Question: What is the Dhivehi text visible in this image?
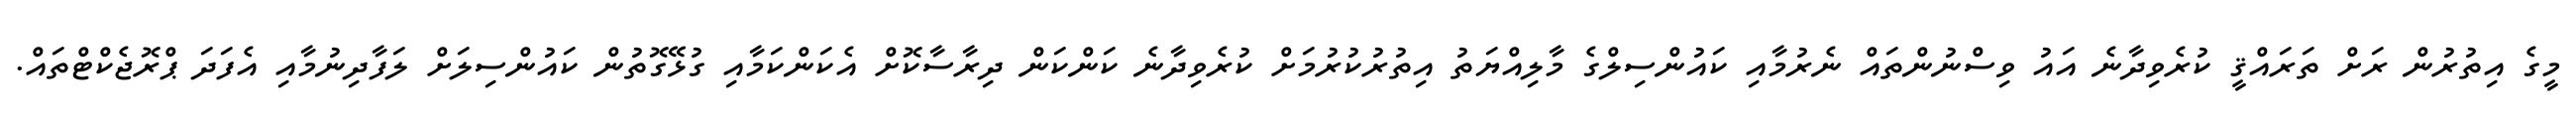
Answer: މީގެ އިތުރުން ރަށް ތަރައްޤީ ކުރެވިދާނެ އައު ވިސްނުންތައް ނެރުމާއި ކައުންސިލްގެ މާލިއްޔަތު އިތުރުކުރުމަށް ކުރެވިދާނެ ކަންކަން ދިރާސާކޮށް އެކަންކަމާއި ގުޅޭގޮތުން ކައުންސިލަށް ލަފާދިނުމާއި އެފަދަ ޕްރޮޖެކްޓްތައް.